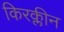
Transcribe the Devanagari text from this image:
किरक्लीन